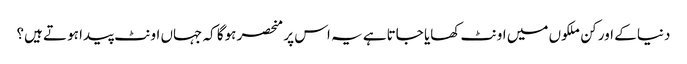
دنیا کے اور کن ملکوں میں اونٹ کھایا جاتاہے یہ اس پر منحصر ہوگا کہ جہاں اونٹ پیدا ہوتے ہیں؟